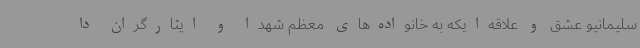
سلیمانیو عشق و علاقه‌ایکه به خانواده‌های معظم شهدا و ایثارگران دا